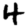
Digit: 4